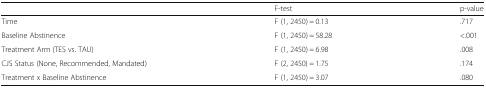
<table><thead><tr><td></td><td><b>F-test</b></td><td><b>p-value</b></td></tr></thead><tbody><tr><td>Time</td><td>F (1, 2450) = 0.13</td><td>.717</td></tr><tr><td>Baseline Abstinence</td><td>F (1, 2450) = 58.28</td><td>&lt;.001</td></tr><tr><td>Treatment Arm (TES vs. TAU)</td><td>F (1, 2450) = 6.98</td><td>.008</td></tr><tr><td>CJS Status (None, Recommended, Mandated)</td><td>F (2, 2450) = 1.75</td><td>.174</td></tr><tr><td>Treatment x Baseline Abstinence</td><td>F (1, 2450) = 3.07</td><td>.080</td></tr></tbody></table>